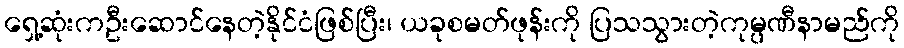
ရှေ့ဆုံးကဦးဆောင်နေတဲ့နိုင်ငံဖြစ်ပြီး၊ ယခုစမတ်ဖုန်းကို ပြသသွားတဲ့ကုမ္ပဏီနာမည်ကို